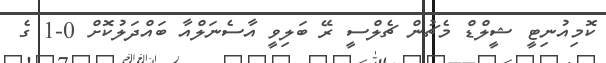
ކޮމިއުނިޓީ ޝީލްޑް މެޗުން ޗެލްސީ ރޭ ބަލިވީ އާސެނަލްއާ ބައްދަލުކޮށް 0-1 ގެ